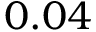
0 . 0 4